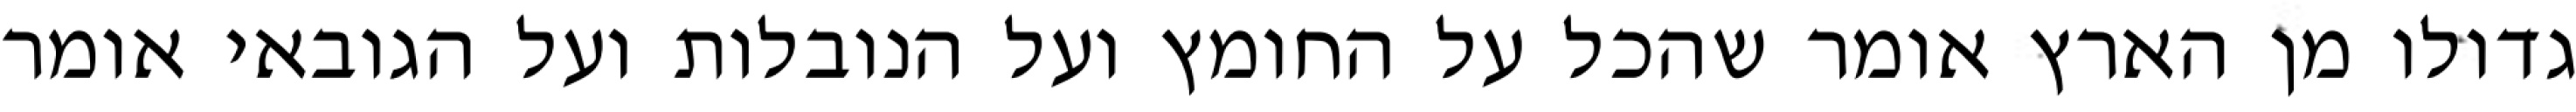
גדולו מן הארץ אומר שהכל על החומץ ועל הנובלות ועל הגובאי אומר